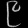
Digit: ၉